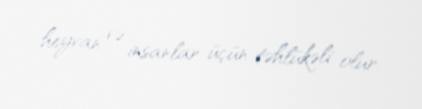
heyvan və insanlar üçün təhlükəli olur.